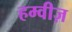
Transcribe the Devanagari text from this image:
हम्वीज़